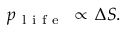
p _ { \mathrm { ~ l ~ i ~ f ~ e ~ } } \, \propto \, \Delta S .